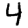
Digit: 4